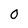
Character: 0